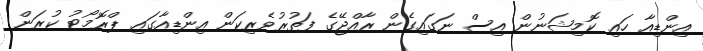
އިންޑިއާ ހައި ކޮމިޝަނުން އިސް ނަގައިގެން ރާއްޖޭގެ ފަތުރުވެރިކަން އިންޑިއާގައި ޕްރޮމޯޓު ކުރަން